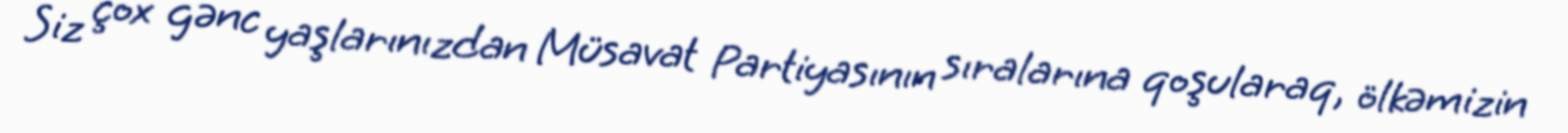
Siz çox gənc yaşlarınızdan Müsavat Partiyasının sıralarına qoşularaq, ölkəmizin